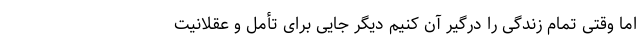
اما وقتی تمام زندگی را درگیر آن کنیم دیگر جایی برای تأمل و عقلانیت